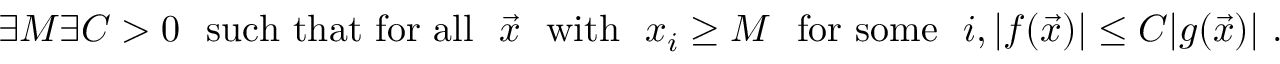
\exists M \exists C > 0 ~ { \mathrm { ~ s u c h ~ t h a t ~ f o r ~ a l l ~ } } ~ { \vec { x } } ~ { \mathrm { ~ w i t h ~ } } ~ x _ { i } \geq M ~ { \mathrm { ~ f o r ~ s o m e ~ } } ~ i , | f ( { \vec { x } } ) | \leq C | g ( { \vec { x } } ) | ~ .